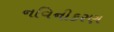
નવિનીકરણ